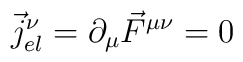
\vec{j}_{el}^\nu = \partial_\mu \vec{F}^{\mu \nu} = 0